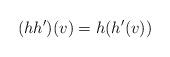
LaTeX: \begin{align*}(hh')(v)=h(h'(v))\end{align*}